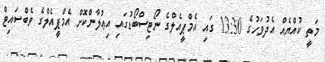
މަތީ ކުއްޔެއް އެދުވަހުގެ 13:30 ގައި އެމްޕީއެލްގެ ނޯޓިސްބޯޑުގައި އިޢުލާންކޮށް އެމްޕީއެލްގެ ވެބްސައިޓް